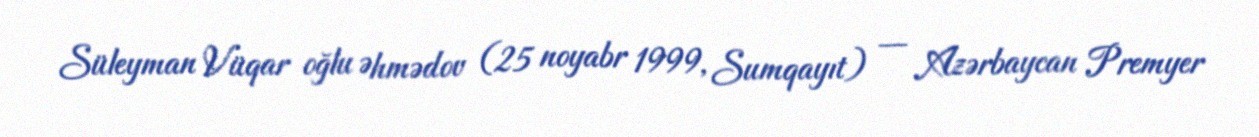
Süleyman Vüqar oğlu Əhmədov (25 noyabr 1999, Sumqayıt) — Azərbaycan Premyer